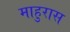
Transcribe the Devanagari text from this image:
माहुरास